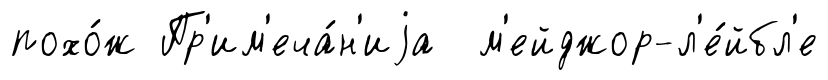
похо́ж Пр'им'еча́н'иjа м'ейджор-л'е́йбл'е